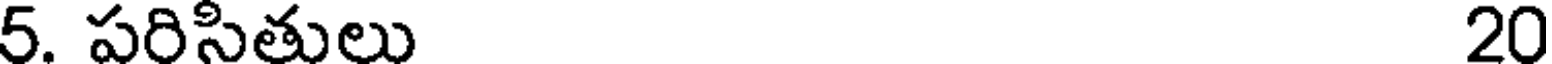
5. పరిసితులు 20